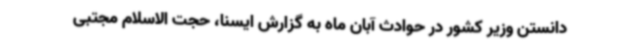
دانستن وزیر کشور در حوادث آبان ماه به گزارش ایسنا، حجت الاسلام مجتبی